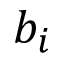
b _ { i }